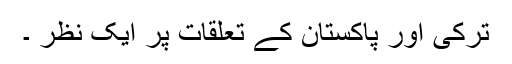
ترکی اور پاکستان کے تعلقات پر ایک نظر ۔